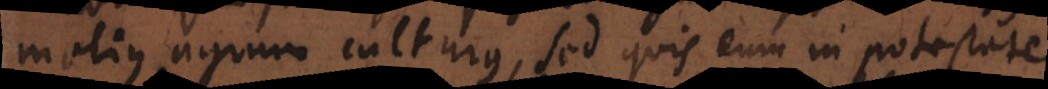
melius agrum culturus, sed quis eum in potestate